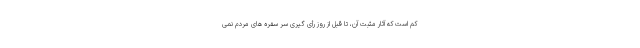
کم است که آثار مثبت آن، تا قبل از روز رأی گیری سر سفره های مردم نمی